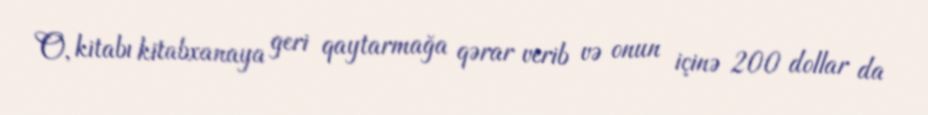
O, kitabı kitabxanaya geri qaytarmağa qərar verib və onun içinə 200 dollar da